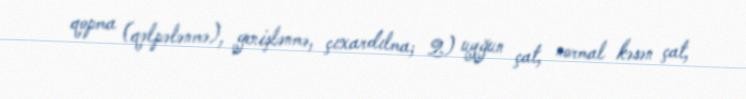
qopma (qəlpələnmə), genişlənmə, çıxardılma; 2) uyğun çat, normal kəsən çat,